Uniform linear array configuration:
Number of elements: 24
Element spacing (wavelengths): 0.5
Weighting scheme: kaiser
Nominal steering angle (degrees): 15
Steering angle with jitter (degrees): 15.226
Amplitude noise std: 0.05
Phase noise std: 0.05

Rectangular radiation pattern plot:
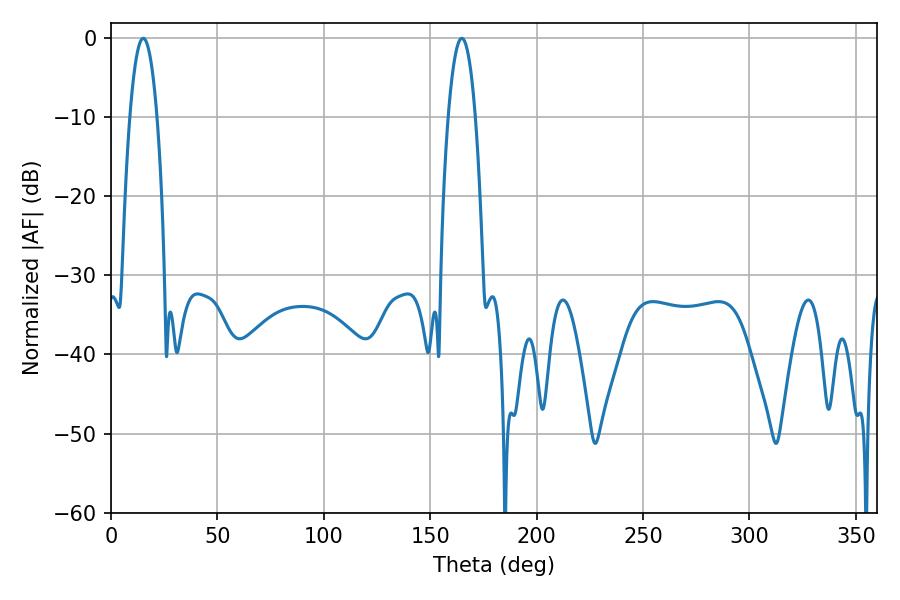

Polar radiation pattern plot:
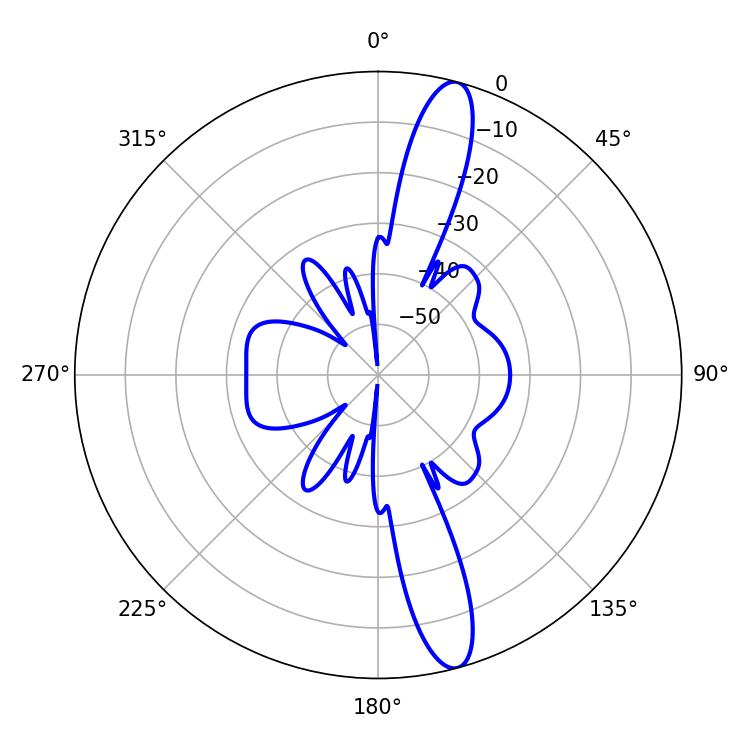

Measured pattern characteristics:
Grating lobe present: FALSE
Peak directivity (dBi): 14.598
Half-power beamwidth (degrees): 7.02
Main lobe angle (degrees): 15.12